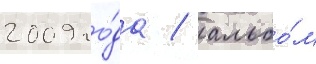
2009 го́да / альбо́м